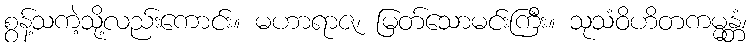
စွန့်သကဲ့သို့လည်းကောင်း။ မဟာရာဇ၊ မြတ်သောမင်းကြီး။ သုသံဝိဟိတကမ္မန္တံ၊